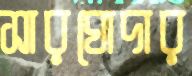
সারঘোদার